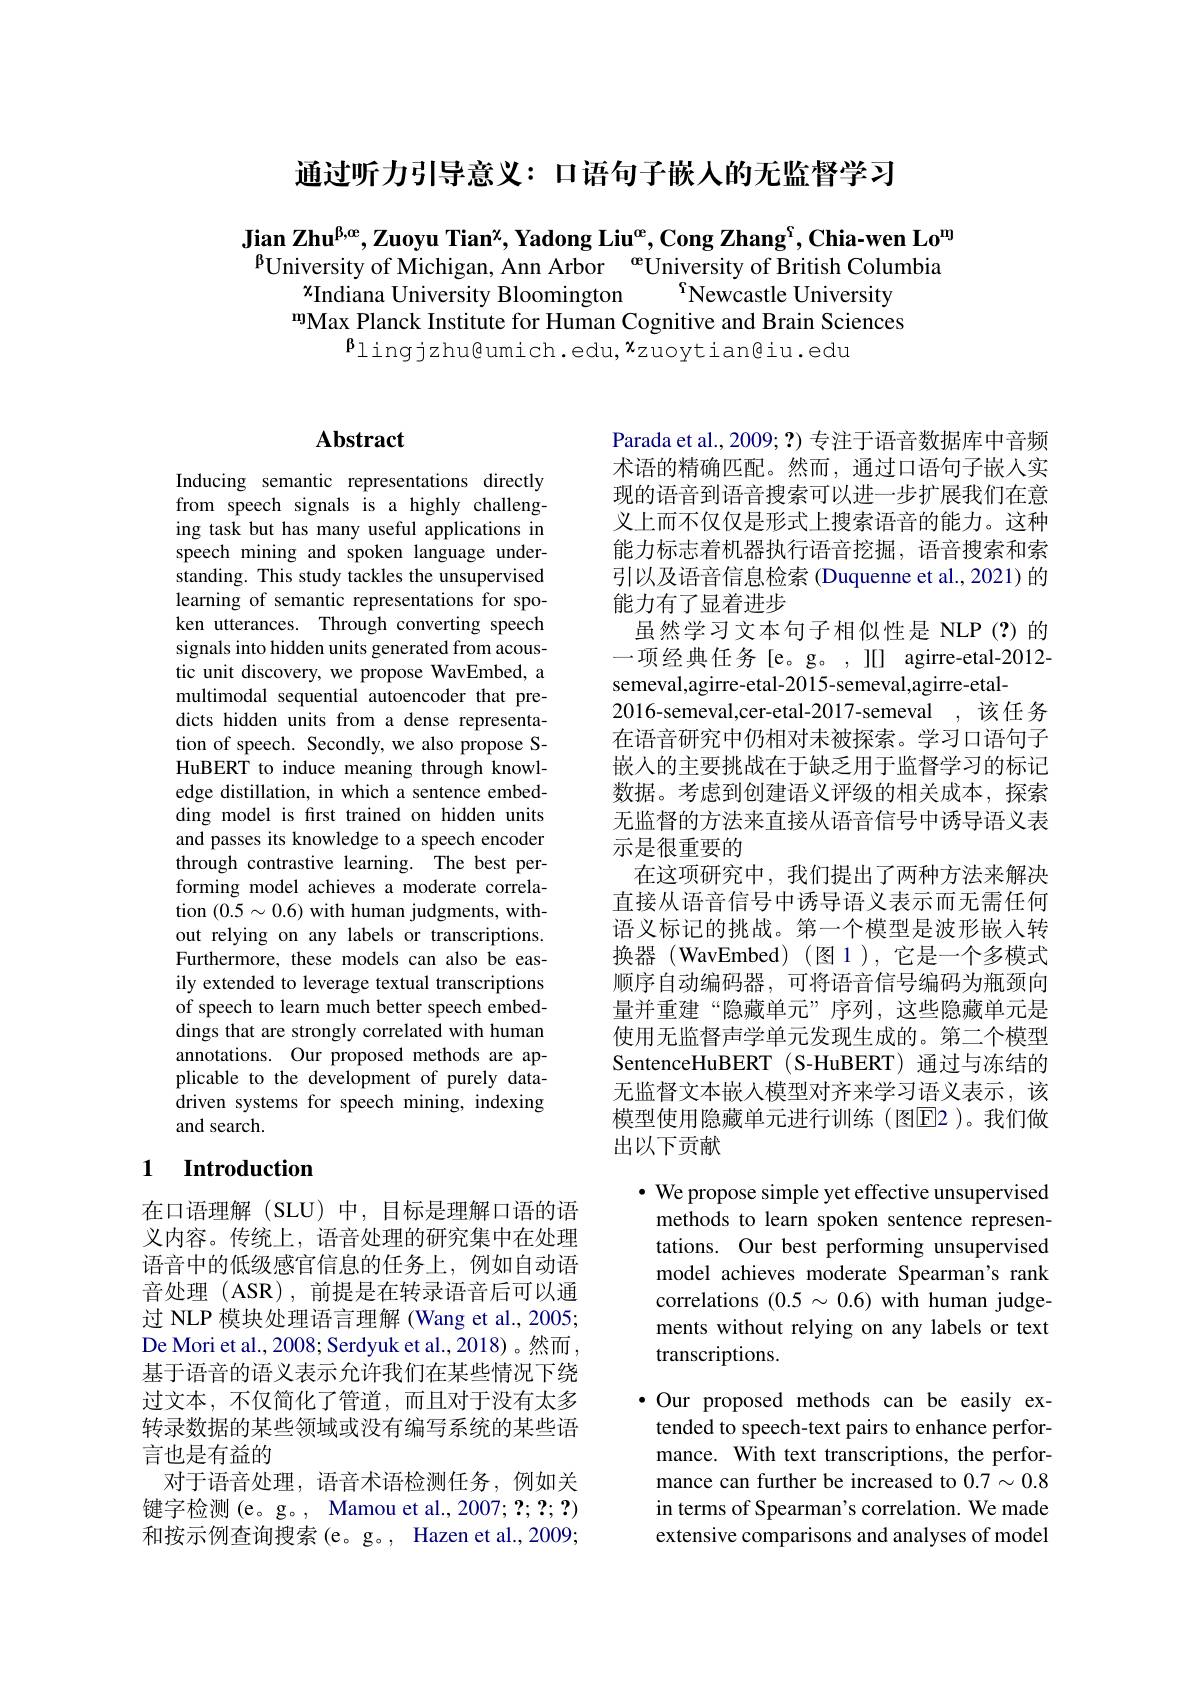
通过听力引导意义：口语句子嵌人的无监督学习

$\textbf{Jian Zhu}^{\mathrm{\beta,\alpha e}},\text{Zuoyu Tian}^{\mathrm{\chi}},\textbf{Yadong Liu}^{\mathrm{e}}$,Cong Zhang$^\mathrm{\varsigma}$,Chia-wen Lo$^\mathrm{m}$ $^{\mathrm{\beta}}$University of Michigan, Ann Arbor $^\mathrm{e}$University of British Columbia
$x_{\mathrm{Indiana~University~Bloomington}}$
$r_{\mathrm{Newcastle~University}}$
mMax Planck Institute for Human Cognitive and Brain Sciences
$\mathfrak{p}$lingjzhu@umich.edu,$x$zuoytian@iu.edu

## $\mathbf{Abstract}$

Inducing semantic representations directly from speech signals is a highly challenging task but has many useful applications in speech mining and spoken language understanding. This study tackles the unsupervised learning of semantic representations for spoken utterances. Through converting speech signals into hidden units generated from acoustic unit discovery, we propose WavEmbed, a multimodal sequential autoencoder that predicts hidden units from a dense representation of speech. Secondly, we also propose SHuBERT to induce meaning through knowledge distillation, in which a sentence embedding model is frst trained on hidden units and passes its knowledge to a speech encoder through contrastive learning. The best performing model achieves a moderate correlation $(0.5\sim0.6)$ with human judgments, without relying on any labels or transcriptions. Furthermore, these models can also be easily extended to leverage textual transcriptions of speech to learn much better speech embeddings that are strongly correlated with human annotations. Our proposed methods are applicable to the development of purely datadriven systems for speech mining, indexing and search.

### 1 Introduction

在口语理解(SLU)中，目标是理解口语的语义内容。传统上，语音处理的研究集中在处理语音中的低级感官信息的任务上，例如自动语音处理(ASR),前提是在转录语音后可以通过 NLP 模块处理语言理解 (Wang et al., 2005; De Mori et al., 2008; Serdyuk et al., 2018) 。然而， 基于语音的语义表示允许我们在某些情况下绕过文本，不仅简化了管道，而且对于没有太多转录数据的某些领域或没有编写系统的某些语言也是有益的
对于语音处理，语音术语检测任务，例如关键字检测 (e。g。, Mamou et al., 2007; ?; ?; ?) 和按示例查询搜索(e。g。, Hazen et al.,2009;

Parada et al., 2009; ?) 专注于语音数据库中音频术语的精确匹配。然而，通过口语句子嵌人实现的语音到语音搜索可以进一步扩展我们在意义上而不仅仅是形式上搜索语音的能力。这种能力标志着机器执行语音挖掘，语音搜索和索引以及语音信息检索 (Duquenne et al.,2021) 的能力有了显着进步
虽然学习文本句子相似性是 NLP(?)的一项经典任务[e。g。,][] agirre-etal-2012- semeval,agirre-etal-2015-semeval,agirre-etal-
2016-semeval,cer-etal-2017-semeval ,该任务在语音研究中仍相对未被探索。学习口语句子嵌入的主要挑战在于缺乏用于监督学习的标记数据。考虑到创建语义评级的相关成本，探索无监督的方法来直接从语音信号中诱导语义表示是很重要的
在这项研究中，我们提出了两种方法来解决直接从语音信号中诱导语义表示而无需任何语义标记的挑战。第一个模型是波形嵌入转换器 (WavEmbed)(图1),它是一个多模式顺序自动编码器，可将语音信号编码为瓶颈向量并重建“隐藏单元”序列，这些隐藏单元是使用无监督声学单元发现生成的。第二个模型SentenceHuBERT (S-HuBERT) 通过与冻结的无监督文本嵌入模型对齐来学习语义表示，该模型使用隐藏单元进行训练(图$\overline{\mathrm{E}}$2)。我们做出以下贡献

$\cdot$ We propose simple yet effective unsupervised

methods to learn spoken sentence represen-

tations. Our best performing unsupervised

model achieves moderate Spearman's rank

correlations $(0.5~\sim~0.6)~\bar{\text{with human judge-}}$

ments without relying on any labels or text

transcriptions.

·Our proposed methods can be easily extended to speech-text pairs to enhance performance. With text transcriptions, the performance can further be increased to $0.7\sim0.8$ in terms of Spearman's correlation. We made extensive comparisons and analyses of model